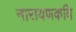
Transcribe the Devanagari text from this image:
नारायणकवि